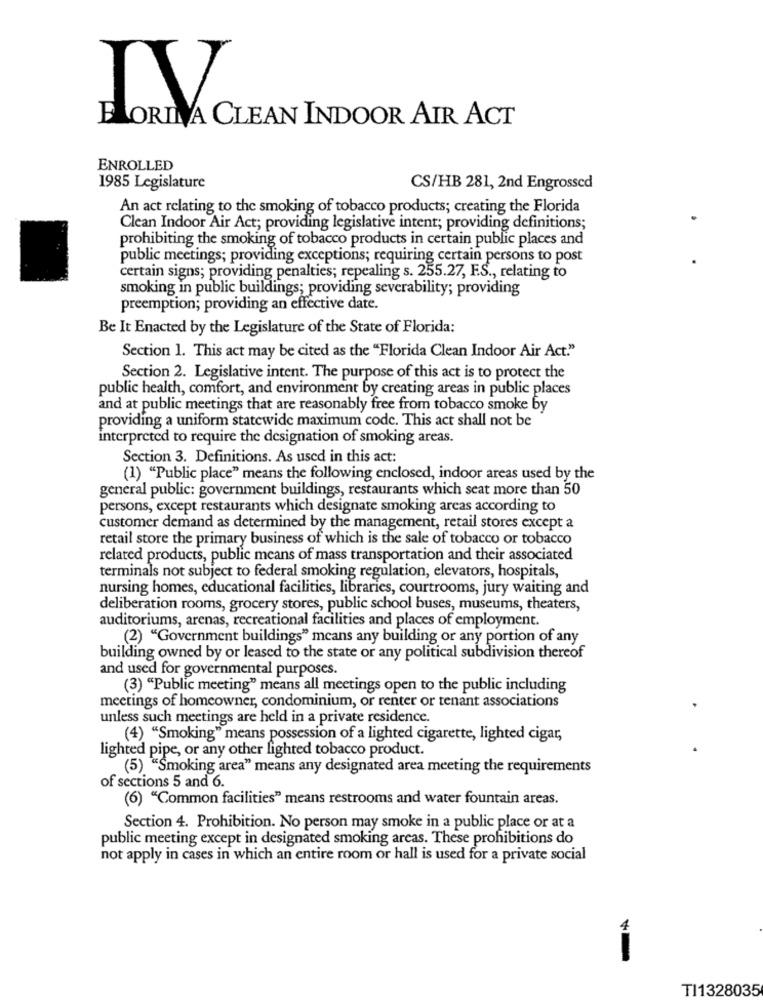
ELORINA CLEAN INDOOR AIR ACT
ENROLLED
1985 Legislature
CS/HB 281, 2nd Engrossed
An act relating to the smoking of tobacco products; creating the Florida
Clean Indoor Air Act; providing legislative intent; providing definitions;
prohibiting the smoking of tobacco products in certain public places and
public meetings; providing exceptions; requiring certain persons to post
certain signs; providing penalties; repealing s. 255.27, F.S ., relating to
smoking in public buildings; providing severability; providing
preemption; providing an effective date.
Be It Enacted by the Legislature of the State of Florida:
Section 1. This act may be cited as the "Florida Clean Indoor Air Act."
Section 2. Legislative intent. The purpose of this act is to protect the
public health, comfort, and environment by creating areas in public places
and at public meetings that are reasonably free from tobacco smoke by
providing a uniform statewide maximum code. This act shall not be
interpreted to require the designation of smoking areas.
Section 3. Definitions. As used in this act:
(1) "Public place" means the following enclosed, indoor areas used by the
general public: government buildings, restaurants which seat more than 50
persons, except restaurants which designate smoking areas according to
customer demand as determined by the management, retail stores except a
retail store the primary business of which is the sale of tobacco or tobacco
related products, public means of mass transportation and their associated
terminals not subject to federal smoking regulation, elevators, hospitals,
nursing homes, educational facilities, libraries, courtrooms, jury waiting and
deliberation rooms, grocery stores, public school buses, museums, theaters,
auditoriums, arenas, recreational facilities and places of employment.
(2) "Government buildings" means any building or any portion of any
building owned by or leased to the state or any political subdivision thereof
and used for governmental purposes.
(3) "Public meeting" means all meetings open to the public including
meetings of homeowner, condominium, or renter or tenant associations
unless such meetings are held in a private residence.
(4) "Smoking" means possession of a lighted cigarette, lighted cigar,
lighted pipe, or any other lighted tobacco product.
(5) "Smoking area" means any designated area meeting the requirements
of sections 5 and 6.
(6) "Common facilities" means restrooms and water fountain areas.
Section 4. Prohibition. No person may smoke in a public place or at a
public meeting except in designated smoking areas. These prohibitions do
not apply in cases in which an entire room or hall is used for a private social
4
TI1328035